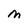
Character: m